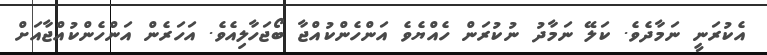
އެކުރަނީ ނަމާދެވެ. ކަލޭ ނަމާދު ނުކުރަން ހެއްޔެވެ އަންހެންކުއްޖާ ބޯޖަހާލިއެވެ. އަހަރެން އަންހެންކުއްޖާއަށް